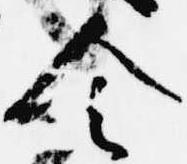
令